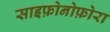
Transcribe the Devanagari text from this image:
साइफ़ोनोफ़ोरा